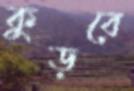
কুড়বে